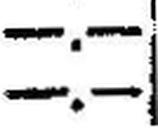
—.—